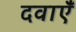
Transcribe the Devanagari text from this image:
दवाऍं